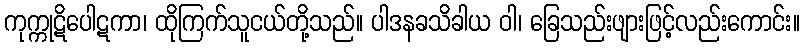
ကုက္ကုဋိပေါဋကာ၊ ထိုကြက်သူငယ်တို့သည်။ ပါဒနခသိခါယ ဝါ၊ ခြေသည်းဖျားဖြင့်လည်းကောင်း။